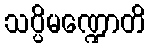
သပ္ပိမဏ္ဍောတိ